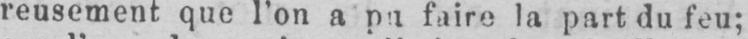
faire la part du feu;